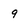
Character: 9